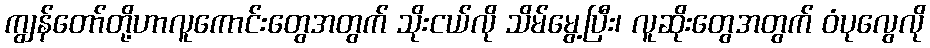
ကျွန်တော်တို့ဟာလူကောင်းတွေအတွက် သိုးငယ်လို သိမ်မွေ့ပြီး၊ လူဆိုးတွေအတွက် ဝံပုလွေလို